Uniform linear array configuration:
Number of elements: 32
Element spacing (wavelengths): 0.5
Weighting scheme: exponential
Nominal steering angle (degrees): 15
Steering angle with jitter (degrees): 13.964
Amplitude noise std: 0.05
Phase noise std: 0.05

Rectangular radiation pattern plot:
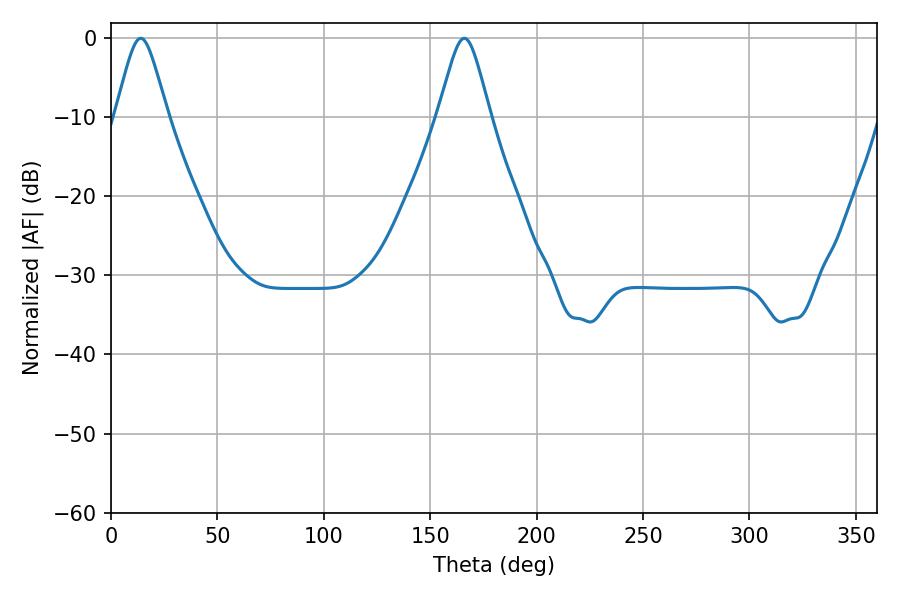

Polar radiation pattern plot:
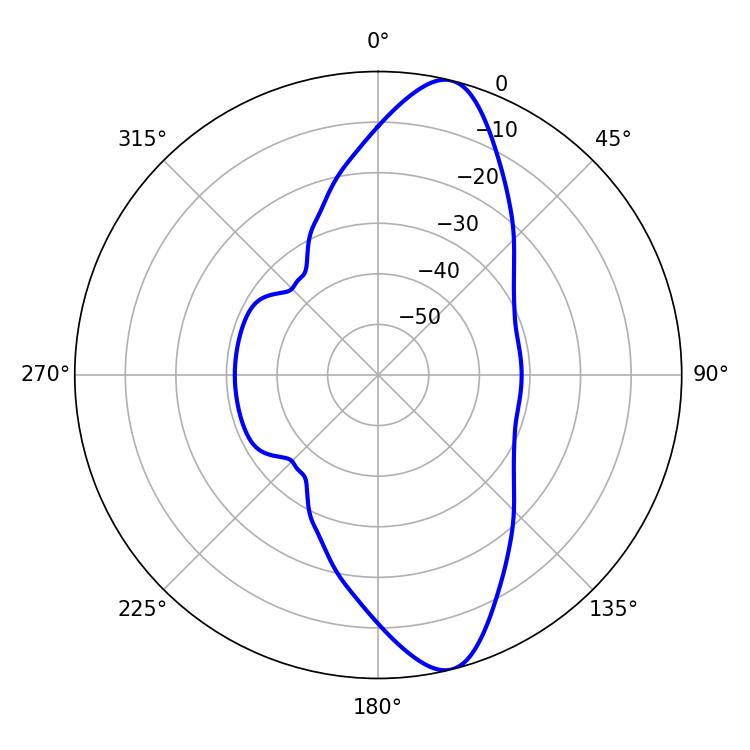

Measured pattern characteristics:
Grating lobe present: FALSE
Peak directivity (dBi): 12.123
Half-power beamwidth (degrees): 11.88
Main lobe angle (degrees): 14.04